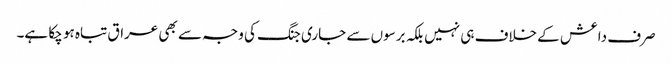
صرف داعش کے خلاف ہی نہیں بلکہ برسوں سے جاری جنگ کی وجہ سے بھی عراق تباہ ہو چکا ہے۔